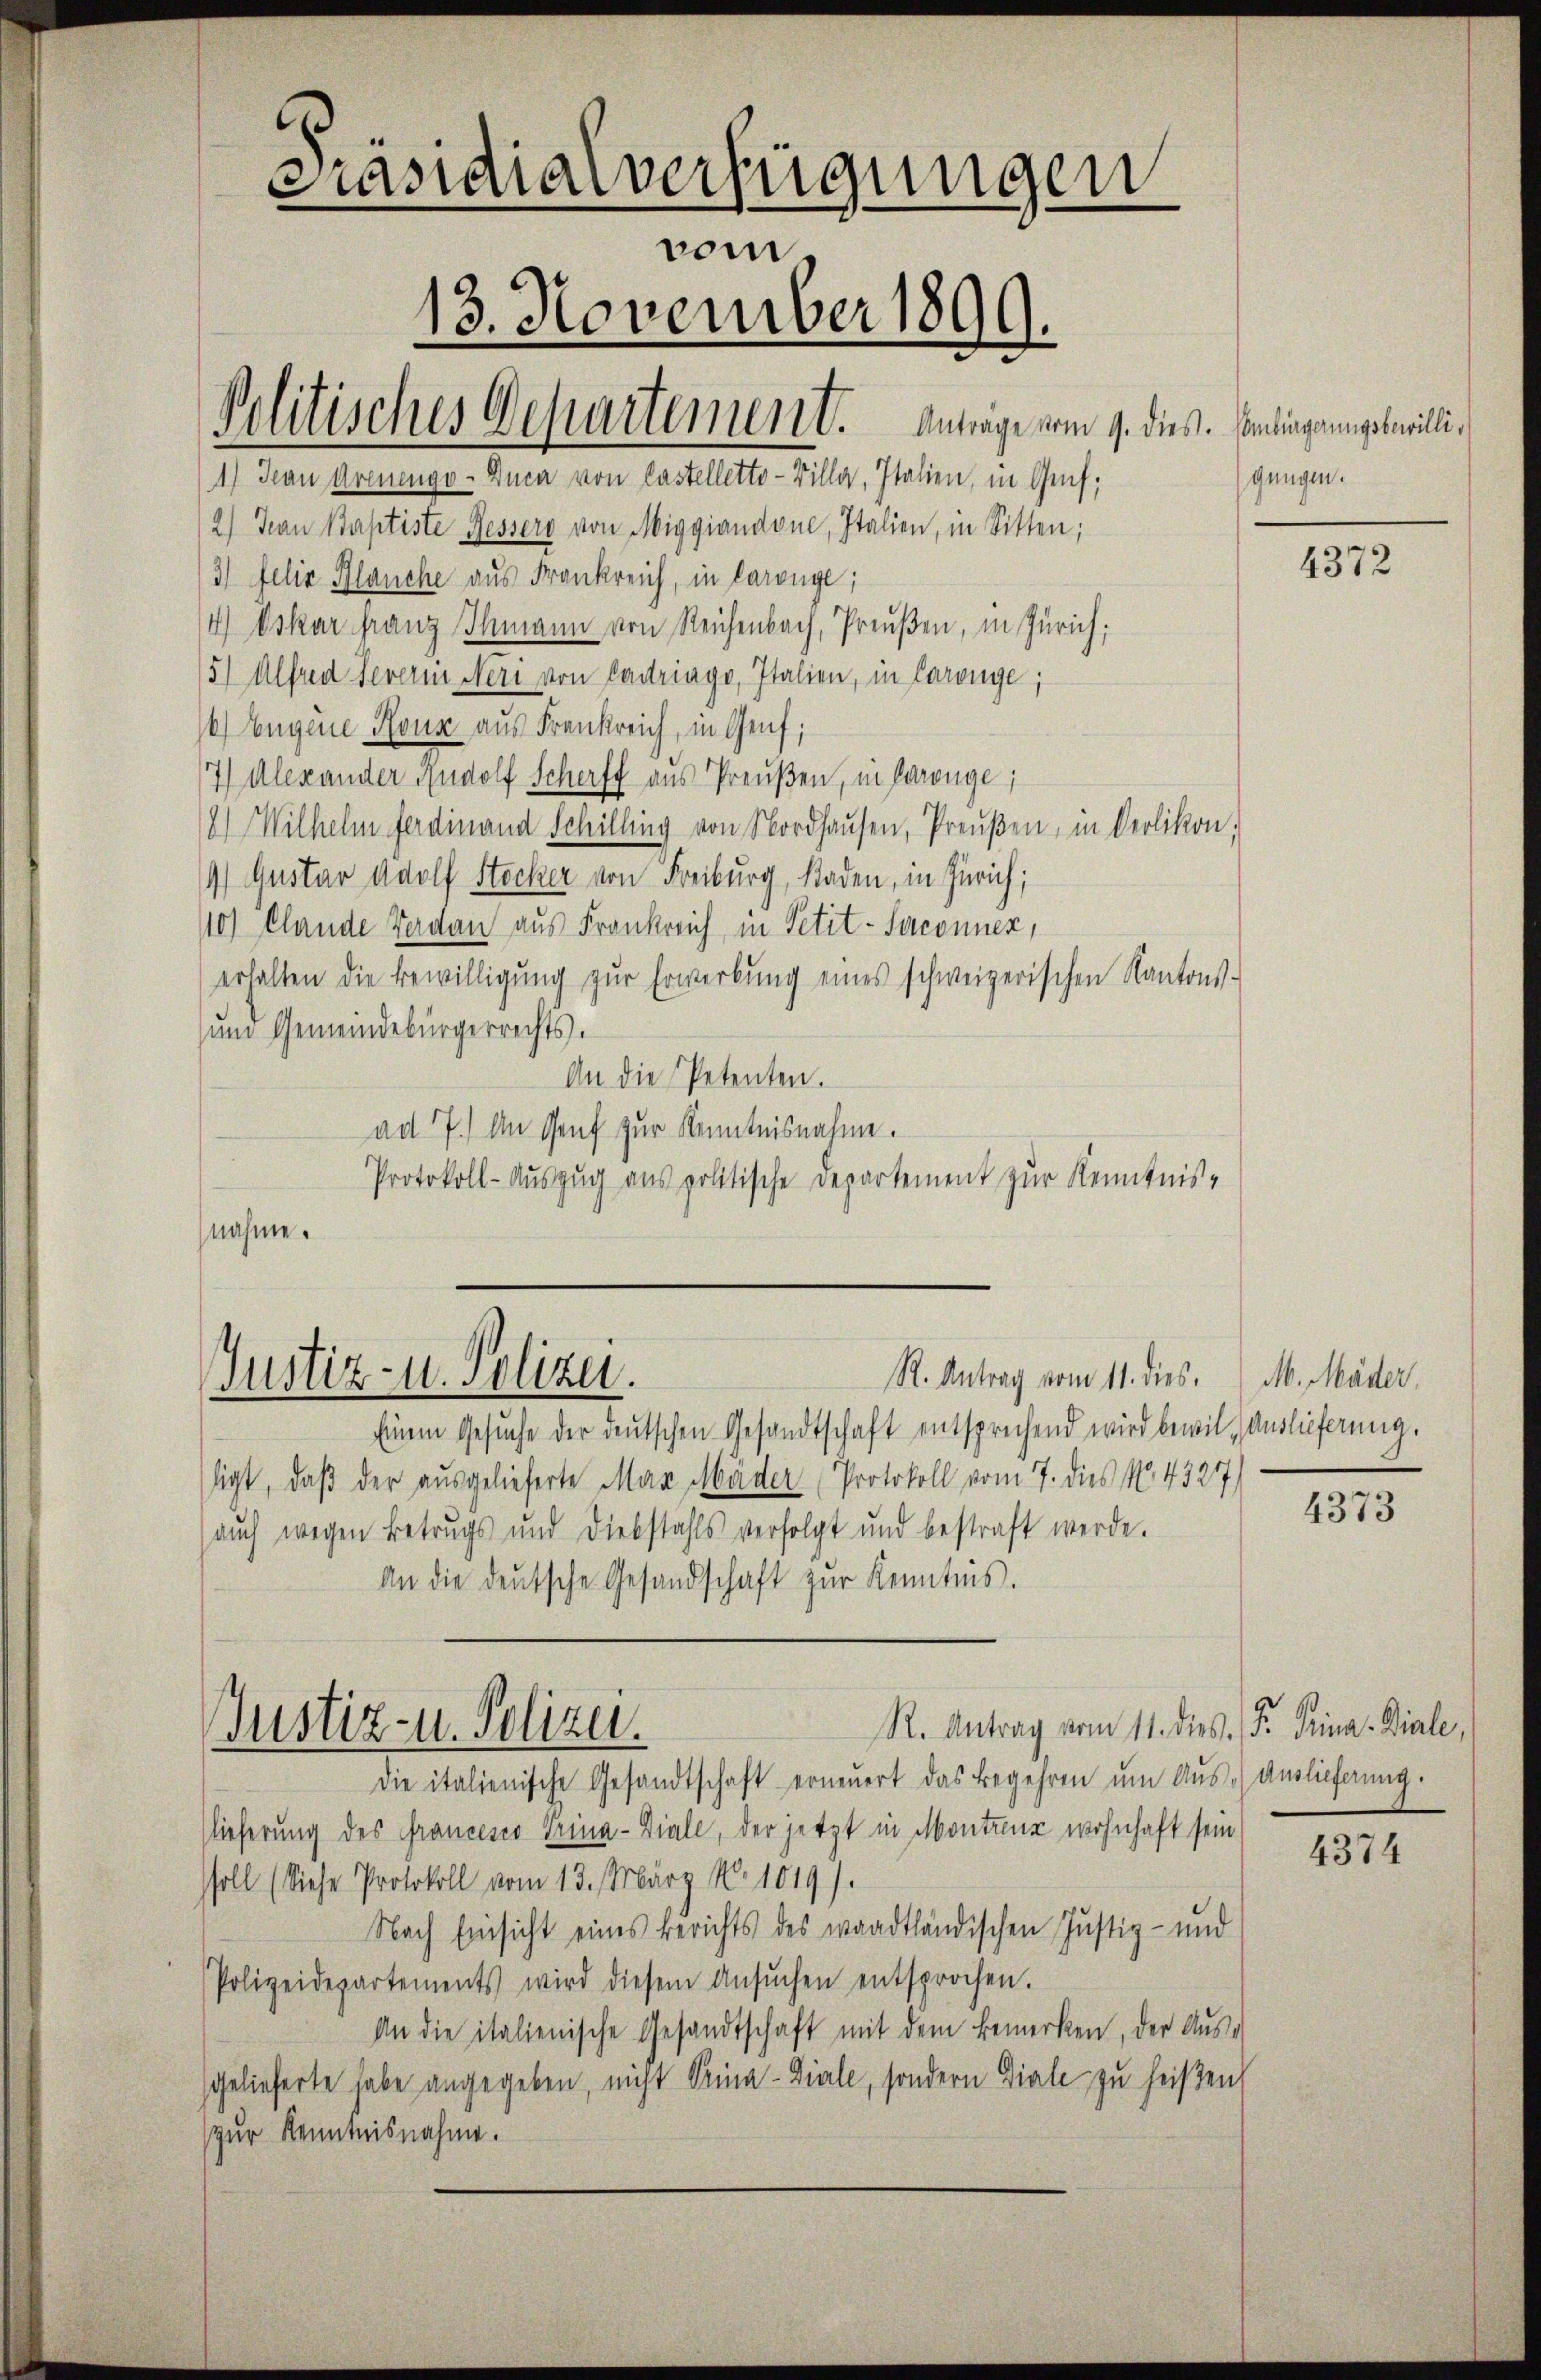
Präsidialverfügungen
vom
13. November 1899.
Politisches Departement. Anträge vom 9. dies. Candingungswilli¬
1) Man Arenengo- Duca von Castelletto-Billa, Italien, in Genf,

2) Jean Baptiste Bessers von Miggiandone, Italien, in Sitten;
3) Felix Blanche aus Frankreich, in Coronge;
4) Oskar franz Ihmann von Reichenbach, Preußen, in Zürich;
15) Alfred Severin Neri von Cadriago, Italien, in Caronge;
6) Eugene Roux aus Frankreich, in Genf;
7) Alexander Rudolf Schorff aus Preußen, in Parenge;
18) Wilhelm Ferdinand Schilling von Nordhaŭsen, Preŭβen, in Oerlikon,
19 Gustav Adolf Stocker von Freiburg, Raden, in Zürich;
110) Elande Verdan aus Frankreich in Petit-Seconner,
erhalten die Bewilligŭng zŭr Erwerbŭng eines schweizerischen Kantons-
und Gemeindebürgerrechts.
An die Petenten.
ad 7. An Genf zur Kenntnisnahme.
Protokoll-Auszug aus politische Departement zur Kenntnis-
nahme.

R. Antrag vom 11. dies
Justiz- u. Polizei.

Justiz- u. Polizei.

gungen.

Einem Gesuche der deutschen Gesandtschaft entsprechend wird bewil, auslieferung.
ligt, daß der ausgelieferte Max Mader (Protokoll vom 7. dies No 4327)
auch wegen Betrugs und Diebstahls verfolgt und bestraft werde.
An die deŭtsche Gesandschaft zŭr Kenntnis.
R. Antrag vom 11. dies. S. Trina Diale,
die italienische Gesandtschaft erneŭert das Begehren ŭm Aŭs-Auslieferŭng.
Nieferung des Francesco Trina-Diale, der jetzt in Montanz wohnhaft sein
soll (diese Protokoll vom 13. März No. 1019).
Nach Einsicht eines Berichts des waadtländischen Justiz- und
Polizeidepartements wird diesem Ansŭchen entsprochen.
An die italienische Gesandtschaft mit dem Bemerken, der Aussgelieferte habe angegeben, nicht Prina-Diale, sondern Diale zu heißen,
zur Kenntnisnahme.

4372

M. Mäder.

4373

4374